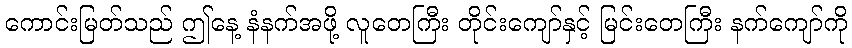
ကောင်းမြတ်သည် ဤနေ့ နံနက်အဖို့ လူတေကြီး တိုင်းကျော်နှင့် မြင်းတေကြီး နက်ကျော်ကို